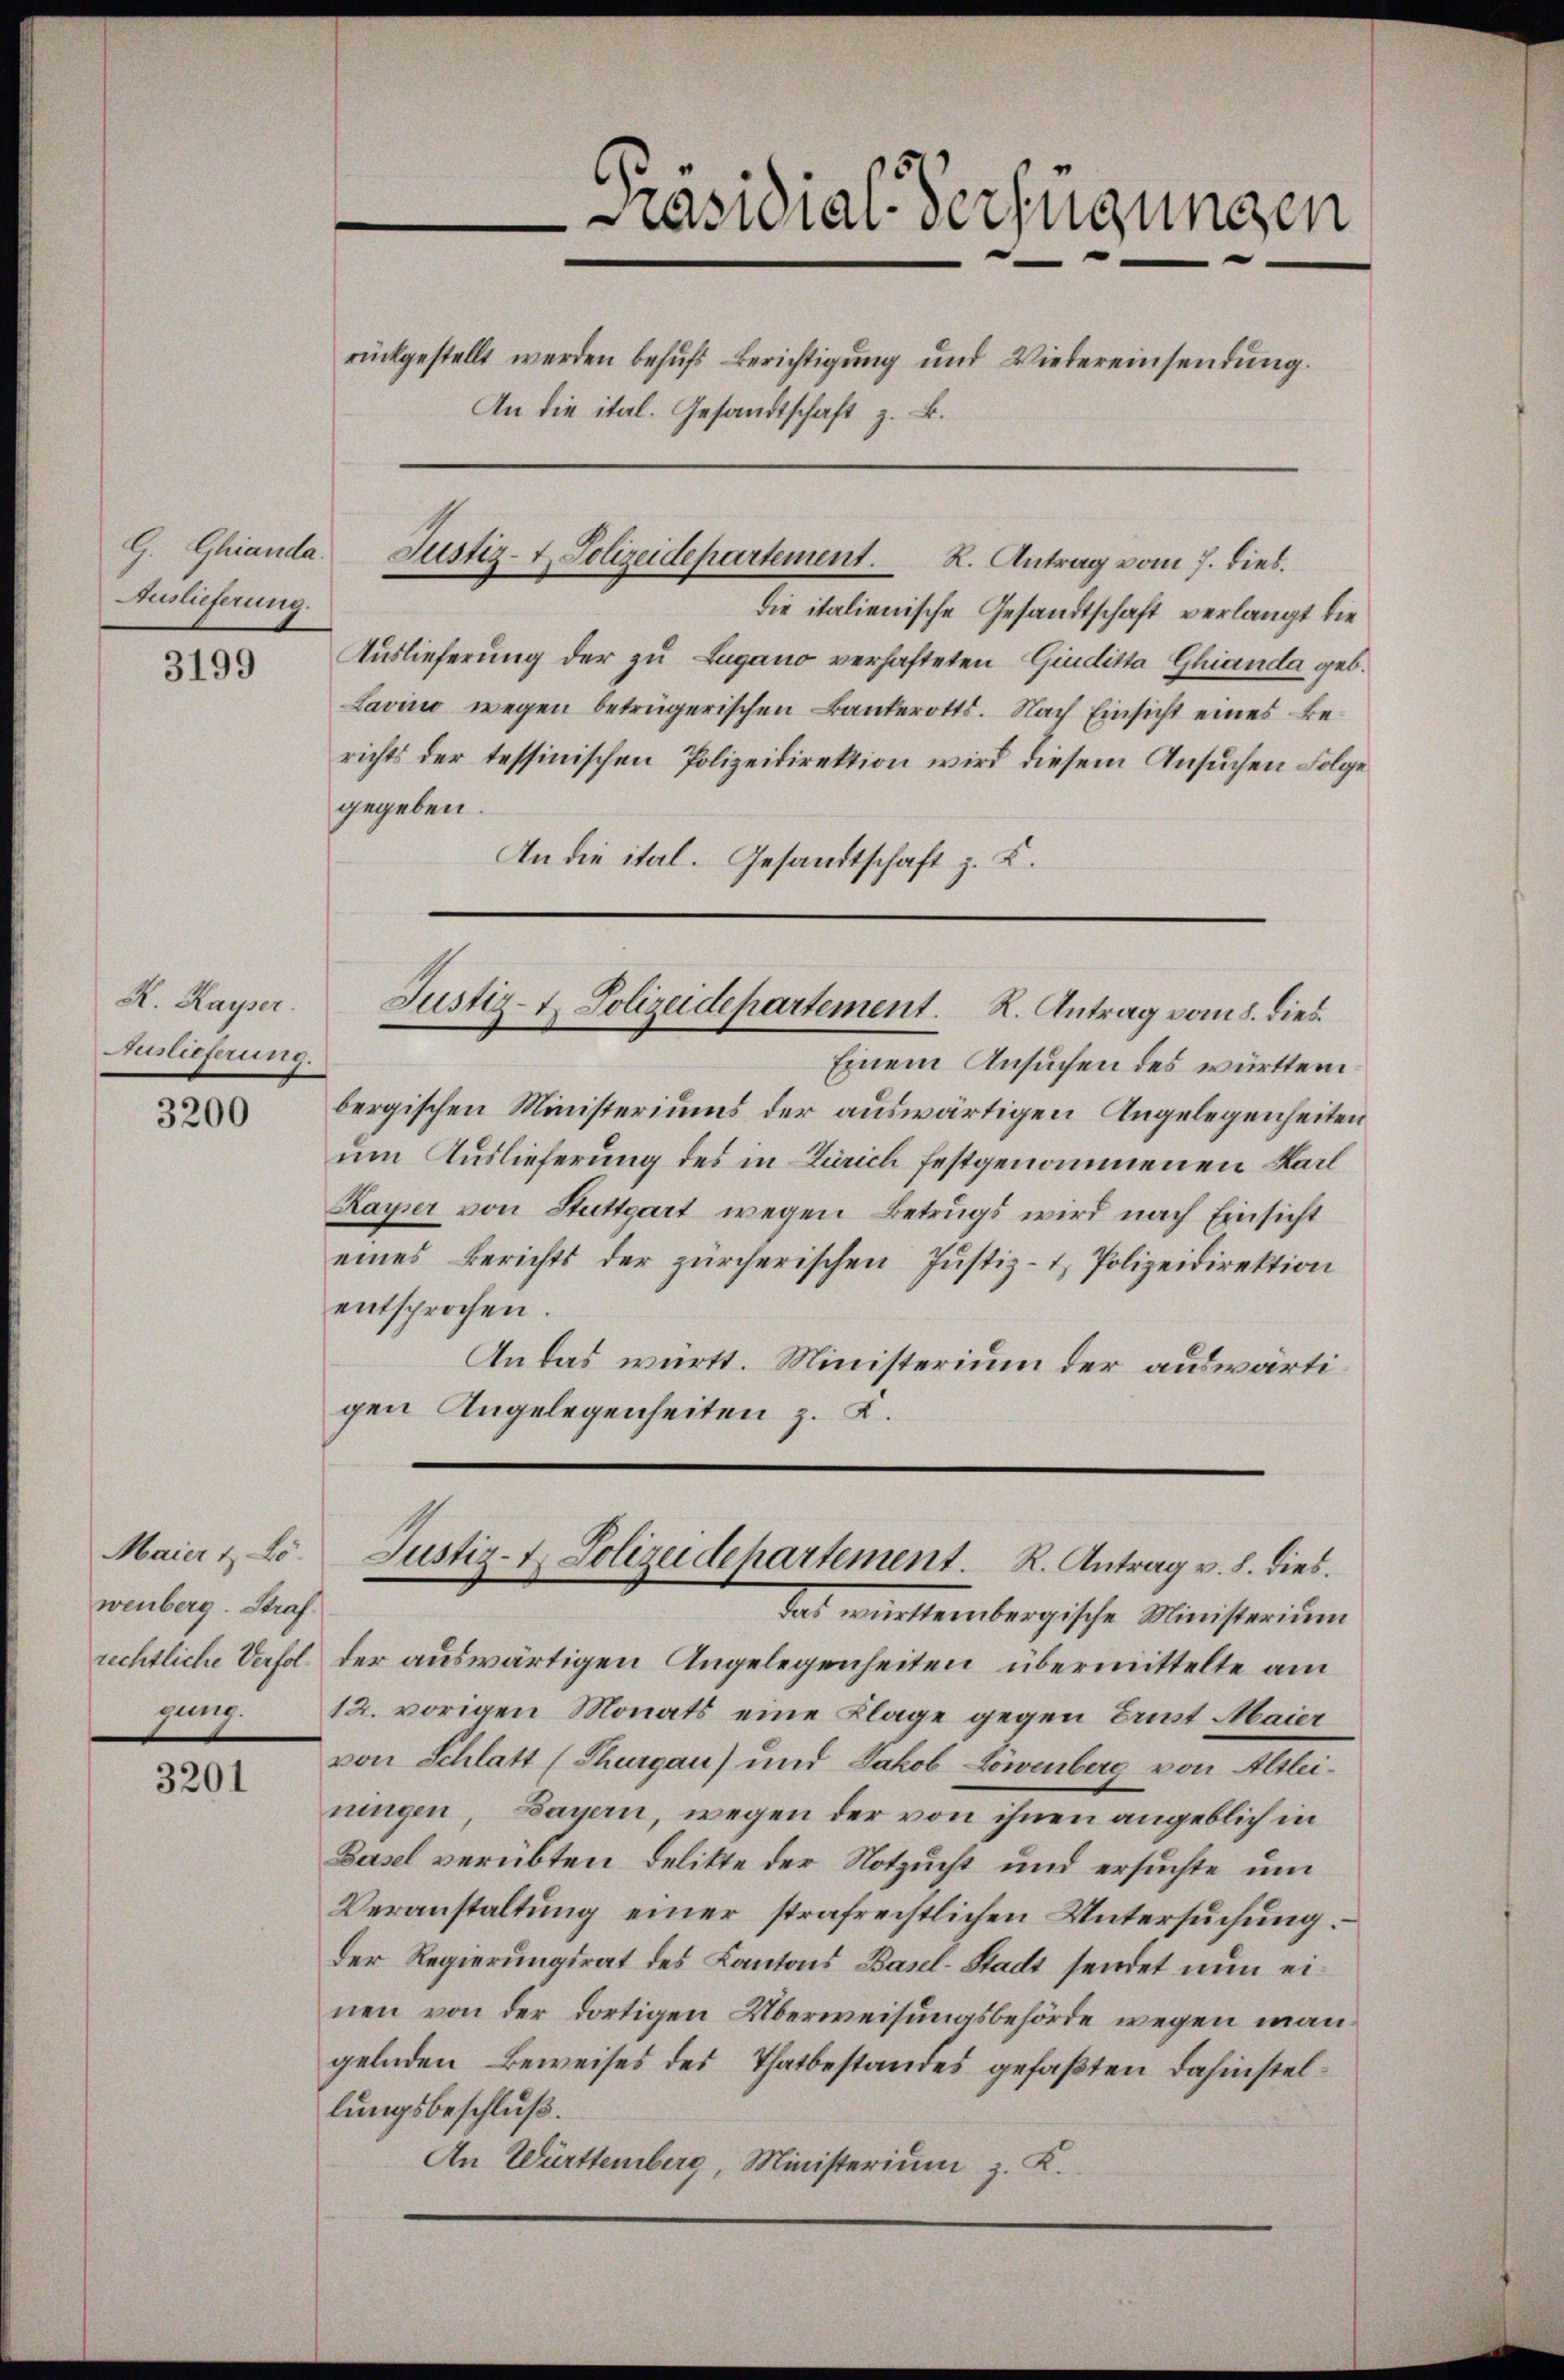
Auslieferung.

3199

K. Kayser.
Auslieferung.

3200

wenberg. Straf
gung.

3201

Präsidial-Verfügungen
rückgestellt werden behufs Berichtigung und Wiebereinsendung.
An die ital. Gesandtschaft z. B.

G. Ghianda Justiz- & Polizeidepartement. R. Antrag vom 7. dies.

die italienische Gesandtschaft verlangt die
Auslieferung der zu Lugano verhafteten Giuditta Ghianda geb.
Lavino wegen betrügerischen Bankerotts. Nach Einsicht eines Berichts der tessinischen Polizeidirektion wird diesem Ansuchen Folge
gegeben.
An die ital. Gesandtschaft z. K.
Einem Ansuchen des württembergischen Ministeriums der auswärtigen Angelegenheiten
um Auslieferung des in Zürich festgenommenen Karl
Kayer von Stuttgart wegen Betrugs wird nach Einsicht
eines Berichts der zürcherischen Justiz- & Polizeidirektion
entsprochen.
An das württ. Ministerium der auswärtigen Angelegenheiten z. K.

Justiz- u. Polizeidepartement. R. Antrag vom 8. dies

rechtliche Verfol der auswärtigen Angelegenheiten übermittelte am
12. vorigen Monats eine Klage gegen Brust Maier
von Schlatt (Thurgau) und Jakob Löwenberg von Altleiningen, Bayern, wegen der von ihnen angeblich in
Basel verübten Delikte der Notzucht und ersuchte um
Veranstaltung einer strafrechtlichen Untersuchung.
Der Regierungsrat des Kantons Basel-Stadt sendet nun einen von der dortigen Überweisungsbehörde wegen man
gelnden Beweises des Thatbestandes gefaßten Dahinstellungsbeschluß.
An Württemberg, Ministerium z. K.

Maier & Co. Justiz- & Polizeidepartement. R. Antrag v. 8. dies.
das württembergische Ministerium